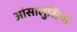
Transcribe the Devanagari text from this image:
आंसालुसिया